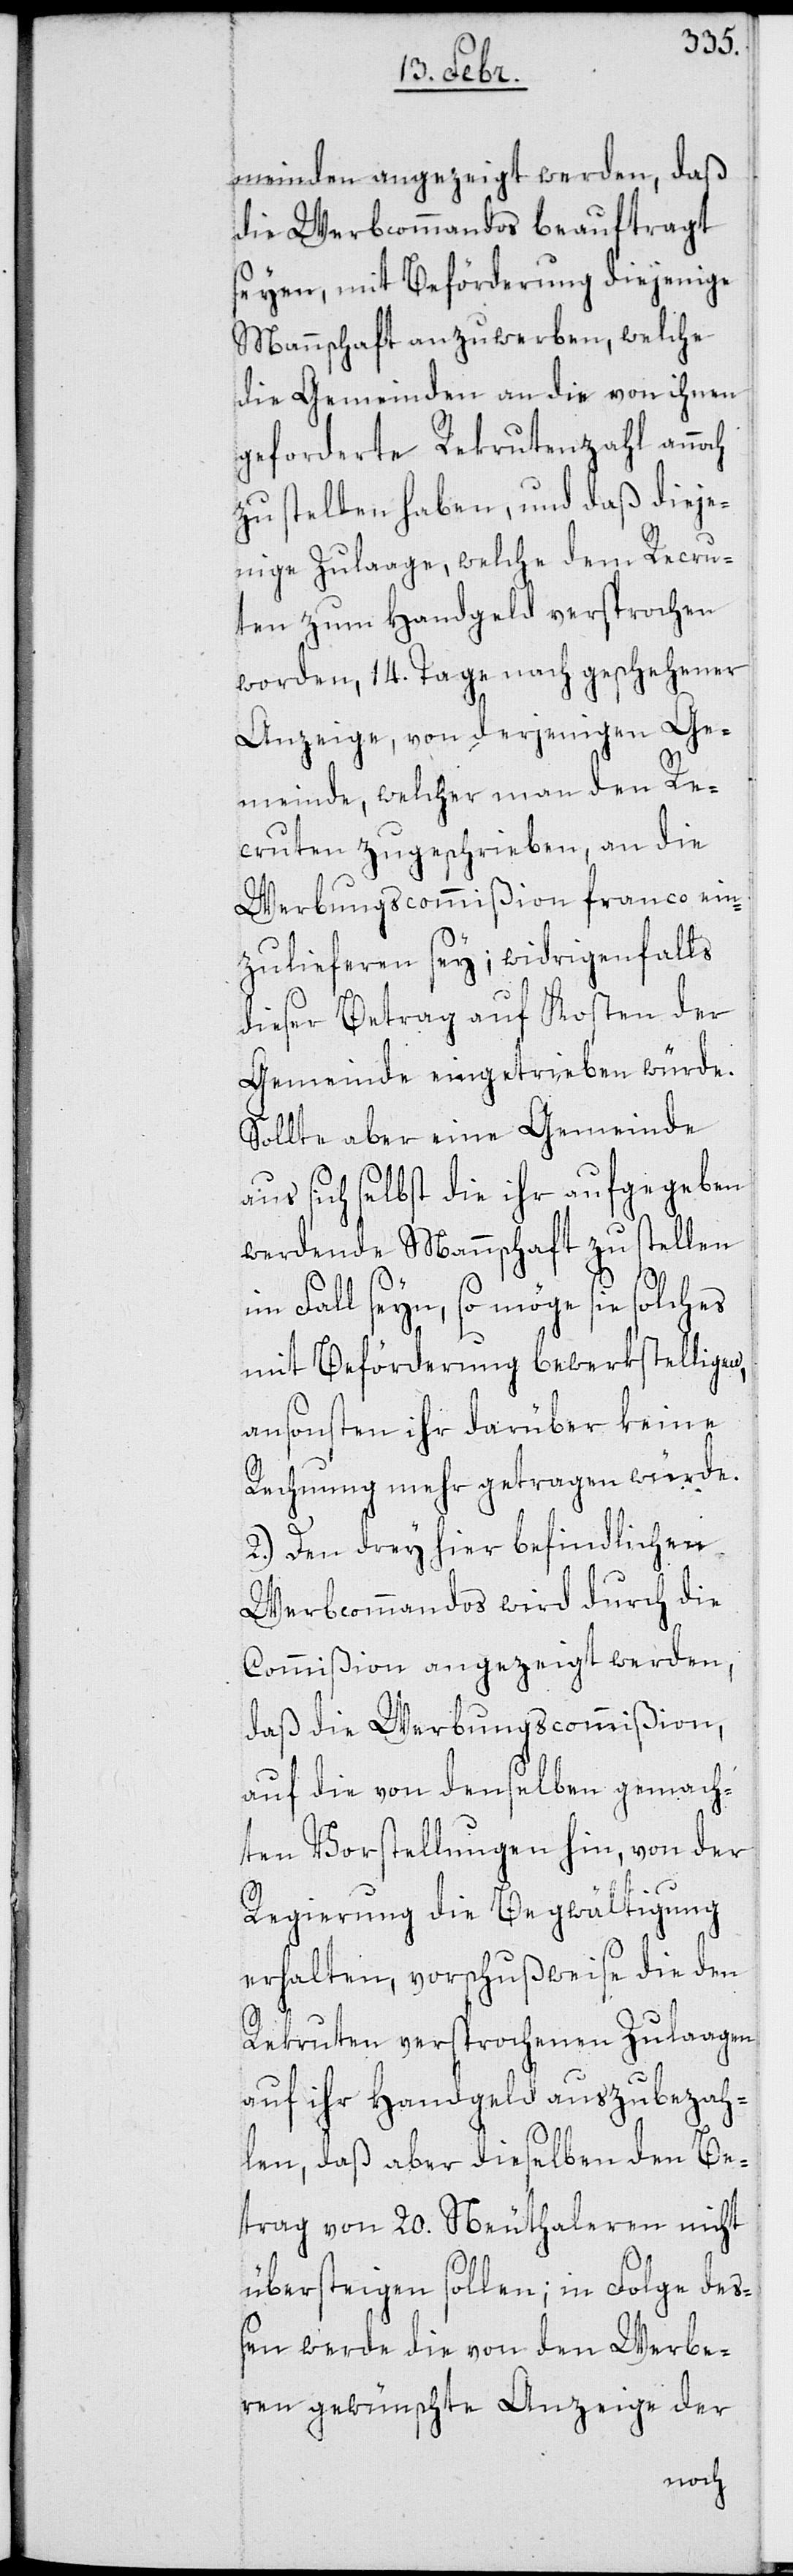
meinden angezeigt werden, daß
die Werbkommandos beauftragt
seyen, mit Beförderung diejenige
Mannschaft anzuwerben, welche
die Gemeinden an die von ihnen
geforderte Rekrutenzahl annoch
zu stellen haben, und daß dieje¬
nige Zulaage, welche dem Recru¬
ten zum Handgeld versprochen
worden, 14. Tage nach geschehener
Anzeige, von derjenigen Ge¬
meinde, welcher man den Re¬
cruten zugeschrieben, an die
Werbungscommißion franco ein¬
zulieferen sey; widrigenfalls
dieser Betrag auf Kosten der
Gemeinde eingetrieben würde.
Sollte aber eine Gemeinde
aus sich selbst die ihr aufgegeben
werdende Mannschaft zu stellen
Fall seyn, so möge sie solches
mit Beförderung bewerkstelligen,
ansonsten ihr darüber keine
Rechnung mehr getragen würde.
2.) Den drey hier befindlichen
Werbcommandos wird durch die
Commißion angezeigt werden,
daß die Werbungscommißion,
auf die von denselben gemach¬
ten Vorstellungen hin, von der
Regierung die Begwältigung
erhalten, vorschußweise die den
Rekruten versprochenen Zulaagen
auf ihr Handgeld auszubezah¬
len, daß aber dieselben den Be¬
trag von 20. Neuthaleren nicht
übersteigen sollen; in Folge deß¬
en werde die von den Werbe¬
ren gewünschte Anzeige der